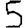
Digit: 5